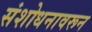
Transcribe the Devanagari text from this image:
संशोधनावरून